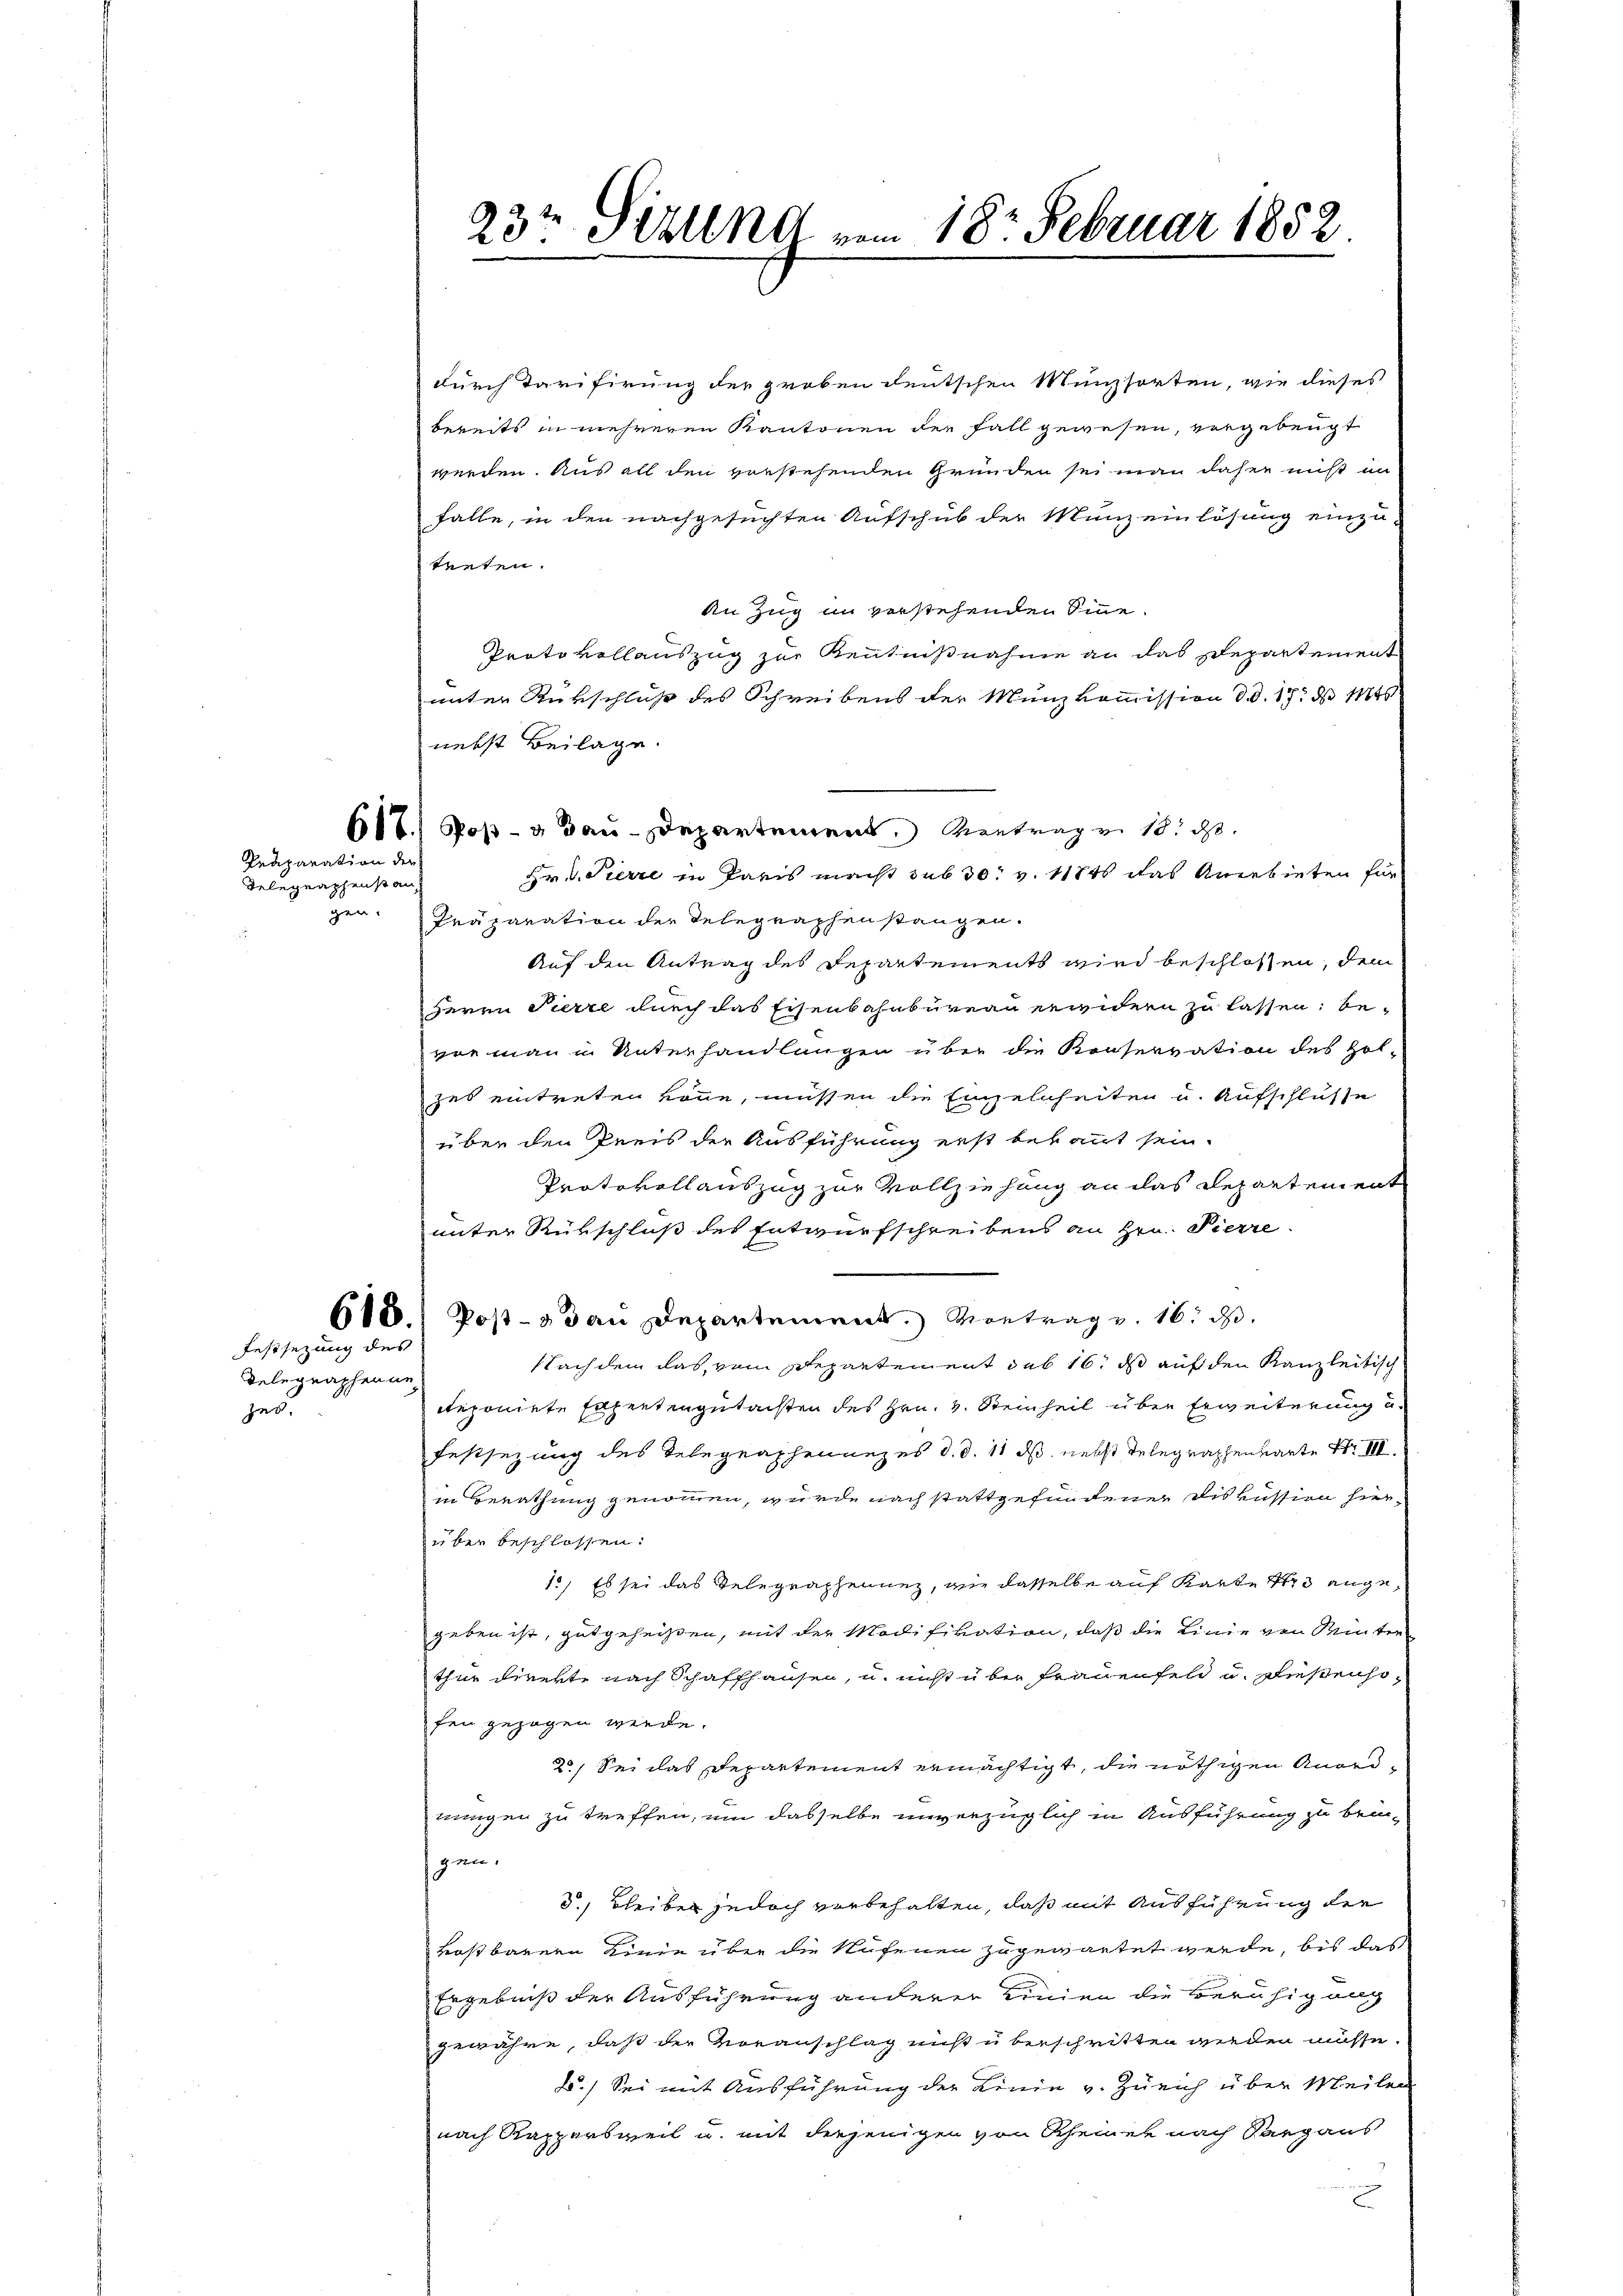
Präparation der
Relegraphenstan

gen.

hes.

Festsezung des
Delegraphenne

durch Tarifirung der groben deutschen Münzsorten, wie dieses
bereits in mehreren Kantonen der Fall gewesen, vergebengt
werden. Aus all den vorstehenden Gründen sei man daher nicht in
falle, in den nachgesuchten Aufschub der Menz einlösung einzu-
teten.
An Zug in verstehenden Sinne
Protokollauszug zur Kenntnißnahme an das Departement
unter Rükschluß des Schreibens der Münzkommission d. d. 17. d. Mts
nebst Beilage.
Hr v. Pierre in Paris macht sub 30. v. 118t das Anerbieten für
Präparation der Telegraphenstangen.
Auf den Antrag des Departements wird beschlossen, dem
Herrn Pierre durch das Eisenbahnbureau erwidern zu lassen: be-
vor man in Unterhandlungen über die Konservation des Holzes eintreten könne, müssen die Einzelnheiten u. Aufschlusse
über den Preis der Ausführung erst bekannt sein.
Protokollauszug zur Vollziehung an das Departement
unter Rükschluß des Entwurfschreibens an Hrn. Pierre
618. Post- & dan Departement. Vortrag v. 16. ds.
Nach dem das, vom Departement sub 16. ds auf den Kanzleitisch
deponirte Eigentengutachten des Hrn. v. Steinheit über Erweiterung u.
Festsezung des Telegraphenanzes d. d. 11 ds nebst Telegraphenwarte Nr. III.
in Berathung genommen, wurde nach stattgefundener Diskussion hier-
über beschlossen.
1) Es sei das Telegraphennen, wie dasselbe auf Karte 43 angegeben ist, gutgeheißen, mit der Modifikation, daß die Linie von Winter
thür direkte nach Schaffhausen, u. nicht über Frauenfeld u. Diesenhofen gezogen werde.
20, Sei das Departement ermächtigt, die nöthigen Anordmungen zu treffen, um dasselbe unverzüglich in Ausführung zu bei-
gen.
3., Bleiben jedoch verbehalten, daß mit Ausführung die
fostbarer Kinde über die Aufenen zugewartet werde, bis das
Ergebniß der Ausführung anderer Linien die beruhig al
gewähre, daß der Voranschlag nicht überschritten werden müsse.
d.) Sei mit Ausführung der Linie v. Zürich über Meilen
nach Rappersweil u. mit diejenigen von Rheiner nach Sargaus

23t Sizung vom 18. Februar 1852

61.) Poß- u Bau-Departement. Montrag v. 18. ds.